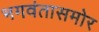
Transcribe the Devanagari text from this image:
भगवंतासमोर